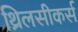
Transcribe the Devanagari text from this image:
थ्रिलसीकर्स